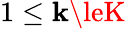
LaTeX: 1\le\mathbf{k}\leK